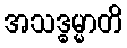
အသဒ္ဓမ္မာတိ